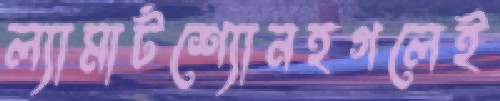
ল্যামার্টশ্যোনহগলেই